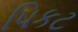
પિકટ